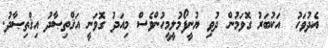
އެދުވަހު  އަކުބަރު ގޮވަމުން ދުވި ޔުނީފޯމުލީމީހުންވެސް މިއަދު ގޮވަނީ އަޤްތިޞާދު އިޤްތިޞާދު.